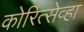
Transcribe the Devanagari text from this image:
कोरित्सेव्हा